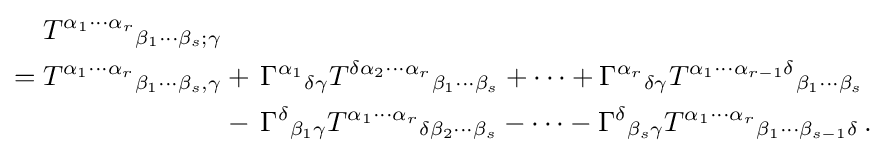
{\begin{aligned}T^{\alpha _{1}\cdots \alpha _{r}}{}_{\beta _{1}\cdots \beta _{s};\gamma }&\\=T^{\alpha _{1}\cdots \alpha _{r}}{}_{\beta _{1}\cdots \beta _{s},\gamma }&+\,\Gamma ^{\alpha _{1}}{}_{\delta \gamma }T^{\delta \alpha _{2}\cdots \alpha _{r}}{}_{\beta _{1}\cdots \beta _{s}}+\cdots +\Gamma ^{\alpha _{r}}{}_{\delta \gamma }T^{\alpha _{1}\cdots \alpha _{r-1}\delta }{}_{\beta _{1}\cdots \beta _{s}}\\&-\,\Gamma ^{\delta }{}_{\beta _{1}\gamma }T^{\alpha _{1}\cdots \alpha _{r}}{}_{\delta \beta _{2}\cdots \beta _{s}}-\cdots -\Gamma ^{\delta }{}_{\beta _{s}\gamma }T^{\alpha _{1}\cdots \alpha _{r}}{}_{\beta _{1}\cdots \beta _{s-1}\delta }\,.\end{aligned}}